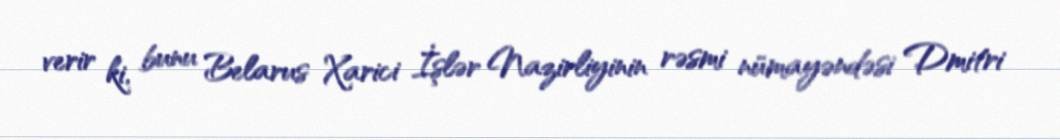
verir ki, bunu Belarus Xarici İşlər Nazirliyinin rəsmi nümayəndəsi Dmitri